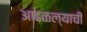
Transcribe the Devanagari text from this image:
आढळल्याची